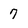
Character: 7